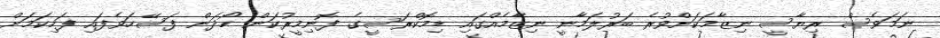
ނަމަވެސް ރިޔާސީ ނިޒާމަކަށްވުރެ ބަރުލަމާނީ ނިޒާމެއްގައި ޑިމޮކްރަސީގެ ފޮނިމީރުކަން ހޯދަން ފަސޭހަވެފައި ފަހިކަމަށް